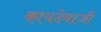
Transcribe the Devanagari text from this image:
कायदेबाजी